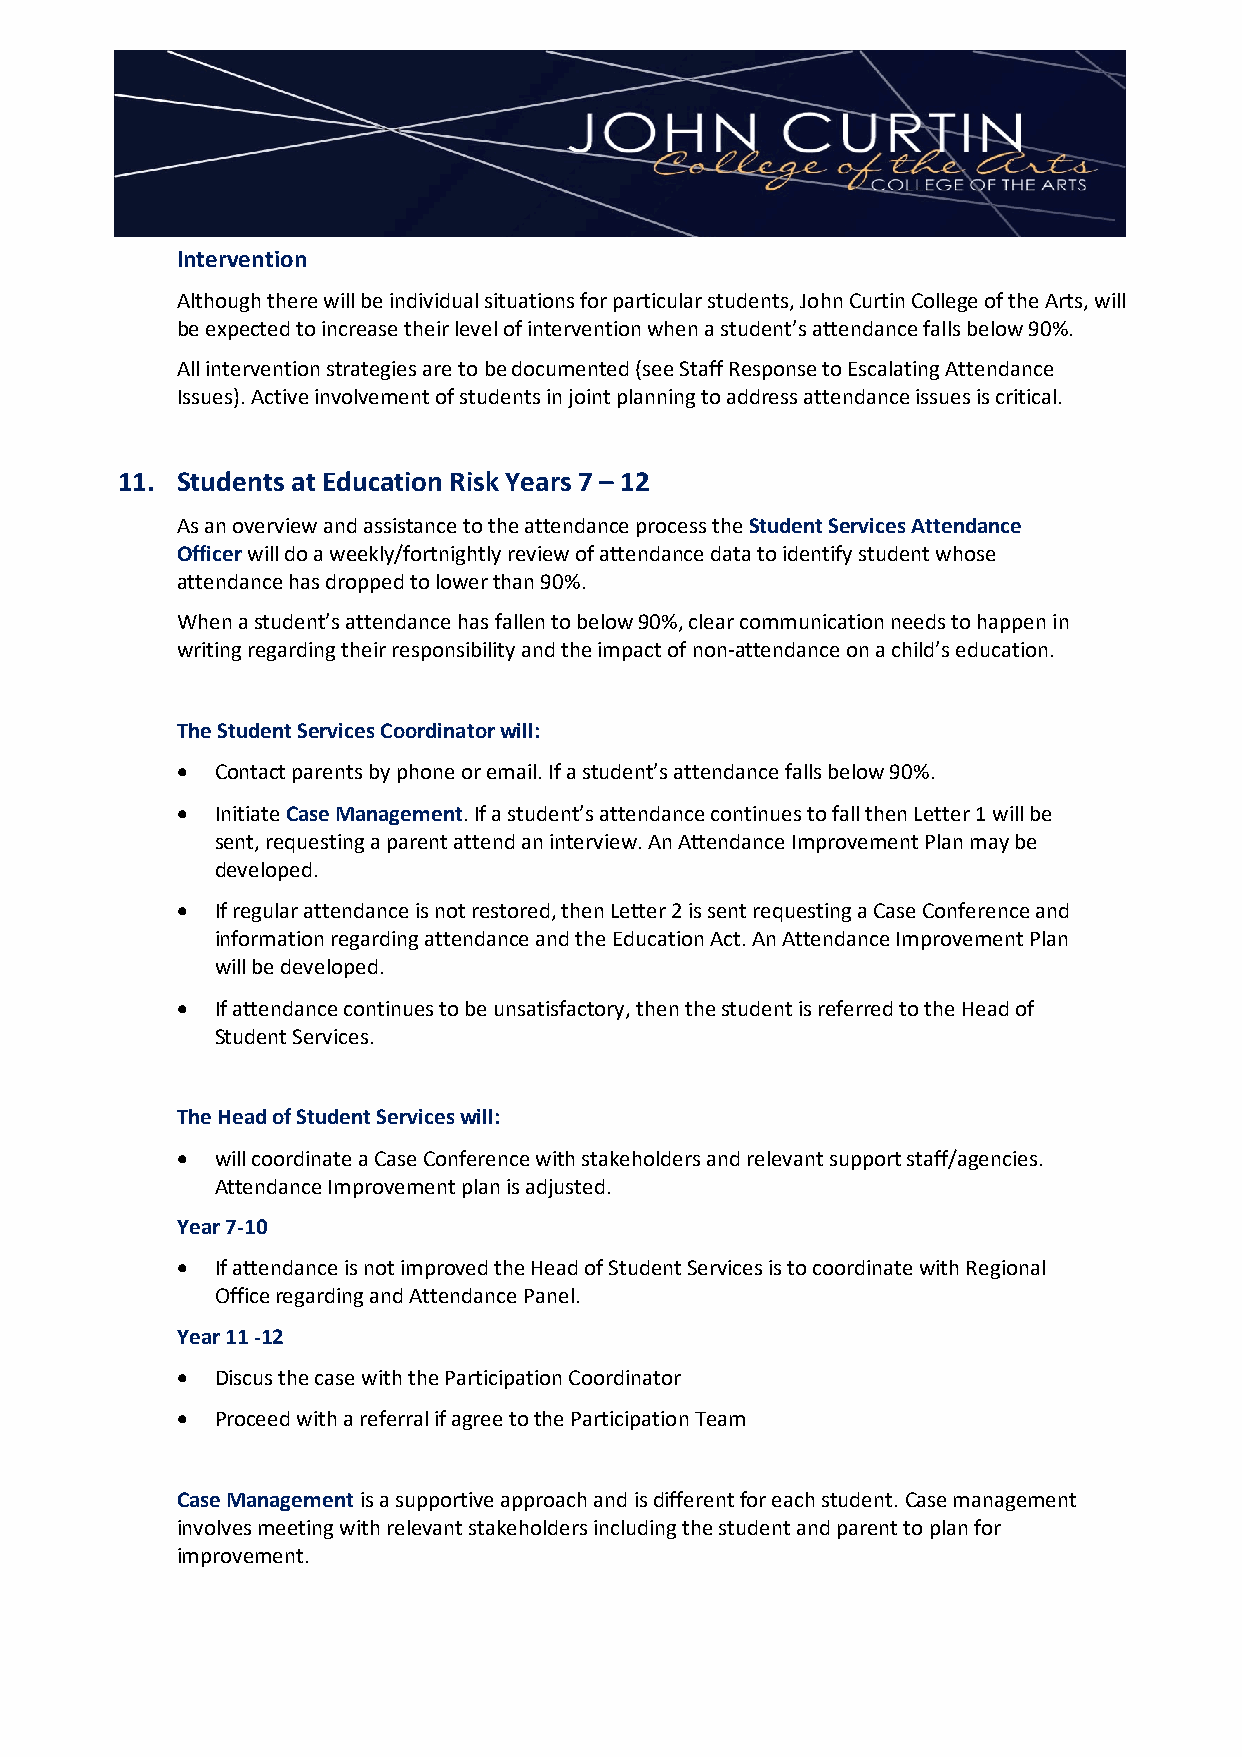
Intervention
 Although there will be individual situations for particular students, John Curtin College of the Arts, will
 be expected to increase their level of intervention when a student’s attendance falls below 90%.
 All intervention strategies are to be documented (see Staff Response to Escalating Attendance
 Issues). Active involvement of students in joint planning to address attendance issues is critical.
 11. Students at Education Risk Years 7 – 12
 As an overview and assistance to the attendance process the Student Services Attendance
 Officer will do a weekly/fortnightly review of attendance data to identify student whose
 attendance has dropped to lower than 90%.
 When a student’s attendance has fallen to below 90%, clear communication needs to happen in
 writing regarding their responsibility and the impact of non-attendance on a child’s education.
 The Student Services Coordinator will:
 • Contact parents by phone or email. If a student’s attendance falls below 90%.
 • Initiate Case Management. If a student’s attendance continues to fall then Letter 1 will be
 sent, requesting a parent attend an interview. An Attendance Improvement Plan may be
 developed.
 • If regular attendance is not restored, then Letter 2 is sent requesting a Case Conference and
 information regarding attendance and the Education Act. An Attendance Improvement Plan
 will be developed.
 • If attendance continues to be unsatisfactory, then the student is referred to the Head of
 Student Services.
 The Head of Student Services will:
 • will coordinate a Case Conference with stakeholders and relevant support staff/agencies.
 Attendance Improvement plan is adjusted.
 Year 7-10
 • If attendance is not improved the Head of Student Services is to coordinate with Regional
 Office regarding and Attendance Panel.
 Year 11 -12
 • Discus the case with the Participation Coordinator
 • Proceed with a referral if agree to the Participation Team
 Case Management is a supportive approach and is different for each student. Case management
 involves meeting with relevant stakeholders including the student and parent to plan for
 improvement.